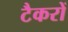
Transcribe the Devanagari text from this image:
टैकरों